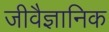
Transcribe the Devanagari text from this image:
जीवैज्ञानिक